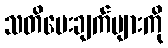
သတိပေးချက်များကို